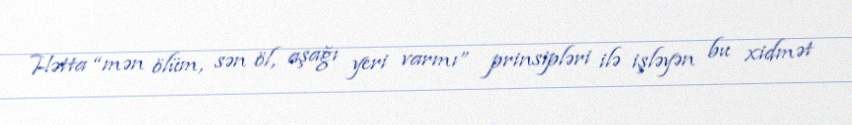
Hətta “mən ölüm, sən öl, aşağı yeri varmı” prinsipləri ilə işləyən bu xidmət